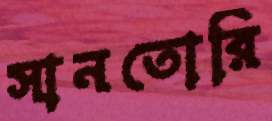
সানতোরি